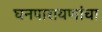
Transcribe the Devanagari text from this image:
घनपारायणांचा